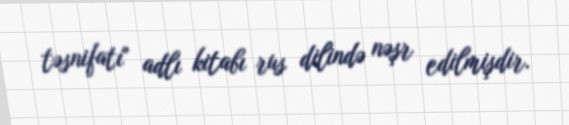
təsnifatı" adlı kitabı rus dilində nəşr edilmişdir.